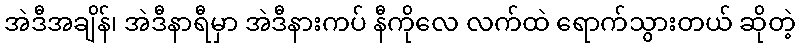
အဲဒီအချိန်၊ အဲဒီနာရီမှာ အဲဒီနားကပ် နီကိုလေ လက်ထဲ ရောက်သွားတယ် ဆိုတဲ့